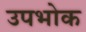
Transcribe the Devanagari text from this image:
उपभोक